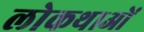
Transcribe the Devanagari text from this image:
लोकथाओं